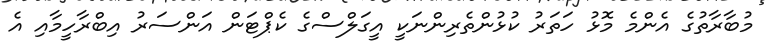
މުބާރާތުގެ އެންމެ މޮޅު ހަތަރު ކުޅުންތެރިންނަކީ އީގަލްސްގެ ކެޕްޓަން އަންސަރު އިބްރާހީމާއި އެ